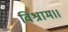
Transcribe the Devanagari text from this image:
विश्राम।।